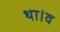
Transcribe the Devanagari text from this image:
था।व